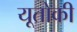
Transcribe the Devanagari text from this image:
यूतोकी